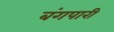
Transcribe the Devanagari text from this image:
बंगपारी